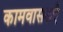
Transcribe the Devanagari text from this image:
कामवासनाएँ